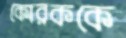
কোরককে